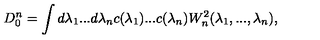
D _ { 0 } ^ { n } = \int d \lambda _ { 1 } . . . d \lambda _ { n } c ( \lambda _ { 1 } ) . . . c ( \lambda _ { n } ) W _ { n } ^ { 2 } ( \lambda _ { 1 } , . . . , \lambda _ { n } ) ,